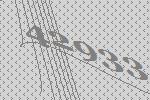
42933